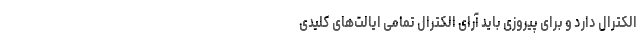
الکترال دارد و برای پیروزی باید آرای الکترال تمامی ایالت‌های کلیدی